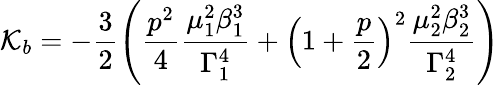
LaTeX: \mathcal{K}_{b}=-\frac{3}{2}\left(\frac{p^{2}}{4}\frac{\mu_{1}^{2}\beta_{1}^{3}}{\Gamma_{1}^{4}}+\left(1+\frac{p}{2}\right)^{2}\frac{\mu_{2}^{2}\beta_{2}^{3}}{\Gamma_{2}^{4}}\right)